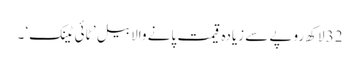
32 لاکھ روپے سے زیادہ قیمت پانے والا بیل ’ ٹائی ٹینک‘ ۔